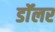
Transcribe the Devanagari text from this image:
डॉॅलर